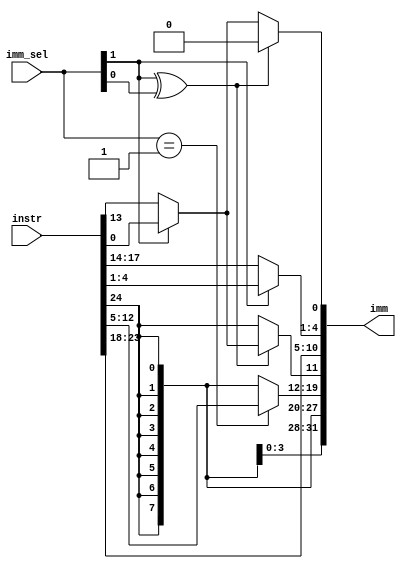
`timescale 1ns / 1ps
//////////////////////////////////////////////////////////////////////////////////
// Company: 
// Engineer: 
// 
// Design Name: 
// Module Name:    imm-gen 
// Project Name: 
// Target Devices: 
// Tool versions: 
// Description: 
//
// Dependencies: 
//
// Revision: 
// Revision 0.01 - File Created
// Additional Comments: 
//
//////////////////////////////////////////////////////////////////////////////////
module imm_gen(
    input [31:7] instr,
    input [1:0] imm_sel,
    output [31:0] imm
    );
   wire internal ;
 assign internal= imm_sel[1]?instr[7]:instr[20];	
 assign imm [10:5]=instr[30:25];
 assign imm [31:20]={12{instr[31]}};
 assign imm[4:1]= imm_sel[1]?instr[11:8]:instr[24:21];
 assign imm[19:12]= (imm_sel==2'b01)? instr[19:12]:{8{instr[31]}};
 assign imm[0]= (imm_sel[1]^ imm_sel[0])?1'b0:internal;
 assign imm[11]= (imm_sel[1]^ imm_sel[0])?internal:instr[31];
endmodule